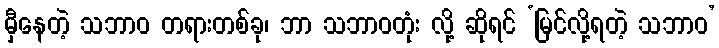
မှီနေတဲ့ သဘာဝ တရားတစ်ခု၊ ဘာ သဘာဝတုံး လို့ ဆိုရင် ‘မြင်လို့ရတဲ့ သဘာဝ’